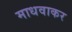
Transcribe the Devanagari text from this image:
माधवाकर